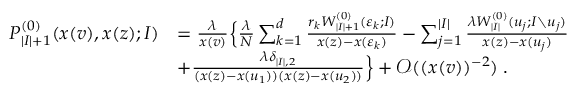
\begin{array} { r l } { P _ { | I | + 1 } ^ { ( 0 ) } ( x ( v ) , x ( z ) ; I ) } & { = \frac { \lambda } { x ( v ) } \Big \{ \frac { \lambda } { N } \sum _ { k = 1 } ^ { d } \frac { r _ { k } W _ { | I | + 1 } ^ { ( 0 ) } ( \varepsilon _ { k } ; I ) } { x ( z ) - x ( \varepsilon _ { k } ) } - \sum _ { j = 1 } ^ { | I | } \frac { \lambda W _ { | I | } ^ { ( 0 ) } ( u _ { j } ; I \setminus u _ { j } ) } { x ( z ) - x ( u _ { j } ) } } \\ & { + \frac { \lambda \delta _ { | I | , 2 } } { ( x ( z ) - x ( u _ { 1 } ) ) ( x ( z ) - x ( u _ { 2 } ) ) } \Big \} + \mathcal { O } ( ( x ( v ) ) ^ { - 2 } ) \; . } \end{array}